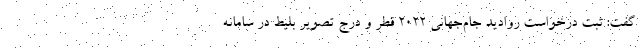
گفت: ثبت درخواست روادید جام‌جهانی ۲۰۲۲ قطر و درج تصویر بلیط در سامانه